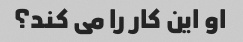
او این کار را می کند؟